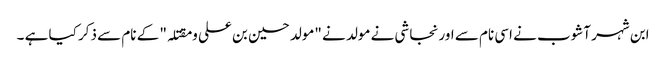
ابن شہر آشوب نے اسی نام سے اور نجاشی نے مولد نے "مولد حسین بن علی و مقتلہ" کے نام سے ذکر کیا ہے ۔